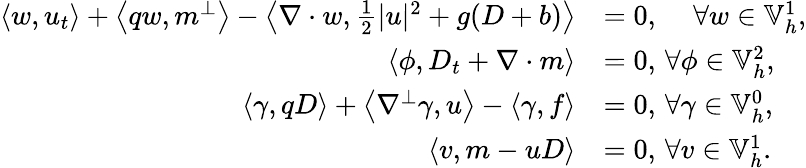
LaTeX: \begin{array}{rl}{\left\langle w,u_{t}\right\rangle+\left\langle qw,m^{\perp}\right\rangle-\left\langle\nabla\cdot w,\frac{1}{2}|u|^{2}+g(D+b)\right\rangle}&{=0,\, \quad\forall w\in\mathbb{V}_{h}^{1},}\\ {\left\langle\phi,D_{t}+\nabla\cdot m\right\rangle}&{=0,\, \forall\phi\in\mathbb{V}_{h}^{2},}\\ {\left\langle\gamma,qD\right\rangle+\left\langle\nabla^{\perp}\gamma,u\right\rangle-\left\langle\gamma,f\right\rangle}&{=0,\, \forall\gamma\in\mathbb{V}_{h}^{0},}\\ {\left\langle v,m-uD\right\rangle}&{=0,\, \forall v\in\mathbb{V}_{h}^{1}.}\end{array}